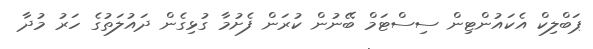
ޕަބްލިކް އެކައުންޓިން ސިސްޓަމް ބޭނުން ކުރަން ފެށުމާ ގުޅިގެން ދައުލަތުގެ ހަރު މުދާ